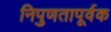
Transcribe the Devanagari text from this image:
निपुणतापूर्वक